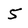
Character: 5